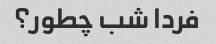
فردا شب چطور؟